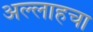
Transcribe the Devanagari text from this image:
अल्लाहचा